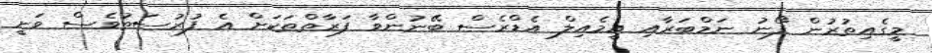
މީގެއިތުރުން ފޯނު ނަމްބަރާއި އީމެއިލް އެޑްރެސް ބޭނުންވާ ފަރާތްތަކަށް އެ ފުރުސަތުވެސް ވަނީ